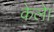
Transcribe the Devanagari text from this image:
केलेा